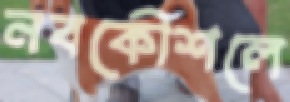
নবকৌশলে